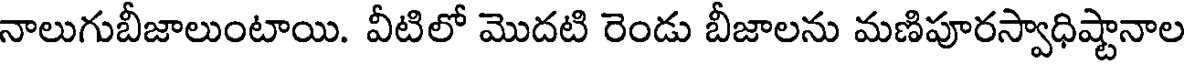
నాలుగుబీజాలుంటాయి. వీటిలో మొదటి రెండు బీజాలను మణిపూరస్వాధిష్టానాల